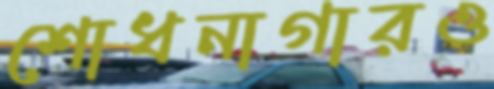
শোধনাগারও